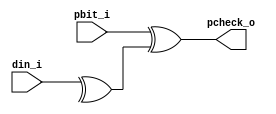
// Name: parity_rx.v
//
// Description:

module parity_rx (
  input  [7:0] din_i,
  input        pbit_i,
  output       pcheck_o
);

  wire parity_eval;

  assign parity_eval = ^ din_i;
  assign pcheck_o = pbit_i ^ parity_eval;

endmodule